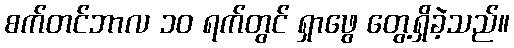
စက်တင်ဘာလ ၁၀ ရက်တွင် ရှာဖွေ တွေ့ရှိခဲ့သည်။